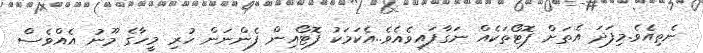
ނެތިއެވެ.މިފަދަ އެތަށް ފޮޓޯތަކެއް ނަގާފައިވެއެވެ..އެކަމަކު ފޮޓޯއިން ފެންނަން ހުރި މީހާގެ މޫނު އެއްވެސް